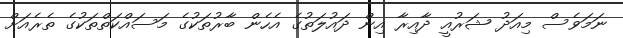
ނަމަވެސް މިއަދު ޝަރުއީ ދާއިރާ އިން ދައުލަތުގެ އެހެން ބާރުތަކުގެ މަސައްކަތްތަކުގެ ތެރެއަށް